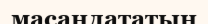
масаңдататын